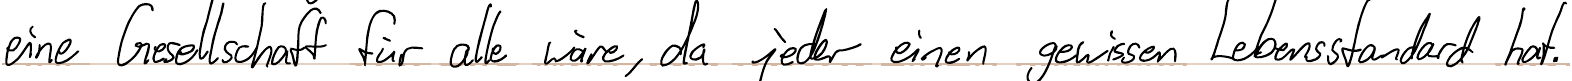
eine Gesellschaft für alle wäre, da jeder einen gewissen Lebensstandard hat.